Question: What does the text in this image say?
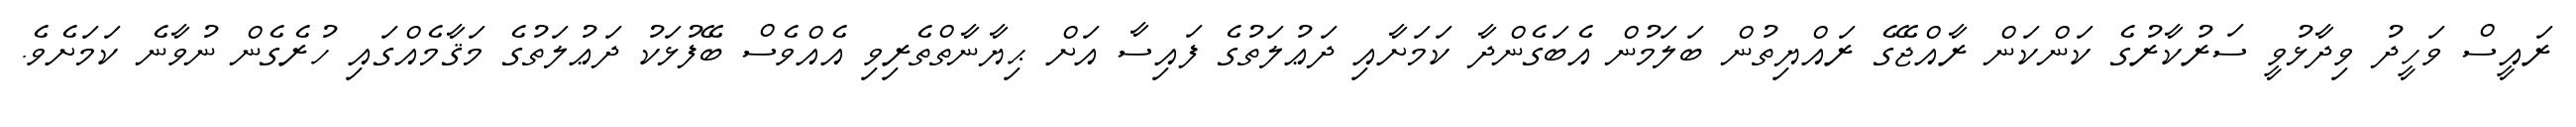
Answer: ރައީސް ވަހީދު ވިދާޅުވީ ސަރުކާރުގެ ކަންކަން ރާއްޖޭގެ ރައްޔިތުން ބަލަމުން އެބަގެންދާ ކަމަށާއި ދަޢުލަތުގެ ފައިސާ އަށް ޙިޔާނާތްތެރިވި އެއްވެސް ބޭފުޅަކު ދަޢުލަތުގެ މަޤާމެއްގައި ހުރެގެން ނުވާނެ ކަމަށެވެ.